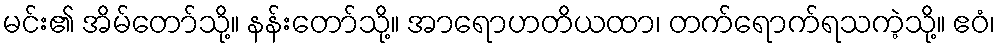
မင်း၏ အိမ်တော်သို့။ နန်းတော်သို့။ အာရောဟတိယထာ၊ တက်ရောက်ရသကဲ့သို့။ ဧဝံ၊